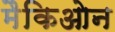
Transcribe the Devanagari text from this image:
मैकिओन